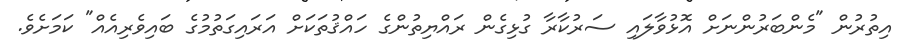
އިތުރުން "މެންބަރުންނަށް އޮޅުވާލައި ސަރުކާރާ ގުޅިގެން ރައްޔިތުންގެ ހައްޤުތަކަށް އަރައިގަތުމުގެ ބައިވެރިއެއް" ކަމަށެވެ.